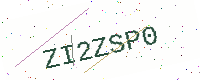
Text: ZI2ZSP0